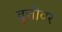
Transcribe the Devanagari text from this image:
वृत्तीवर